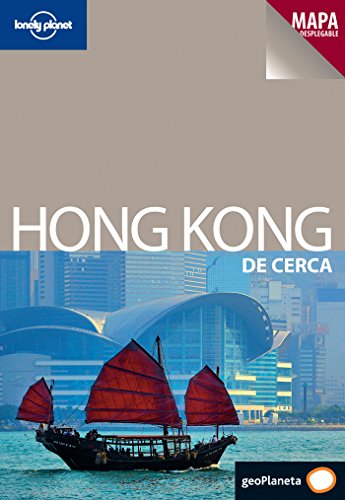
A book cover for Lonely Planet Hong Kong De Cerca (Travel Guide) (Spanish Edition); Lonely Planet; Travel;